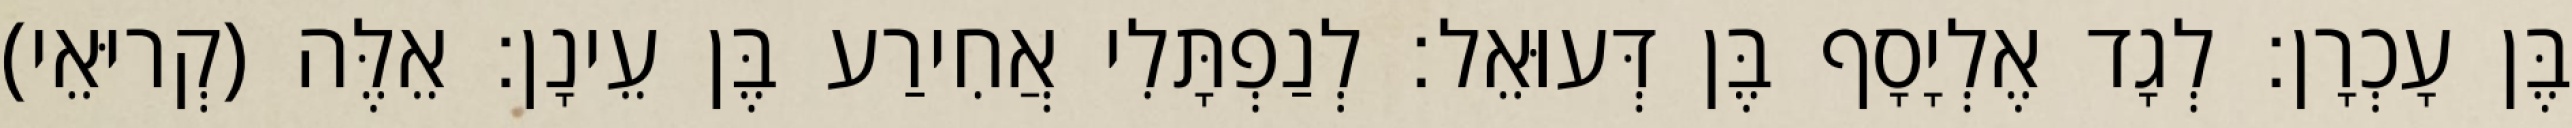
בֶּן עָכְרָן׃ לְגָד אֶלְיָסָף בֶּן דְּעוּאֵל׃ לְנַפְתָּלִי אֲחִירַע בֶּן עֵינָן׃ אֵלֶּה (קְריּאֵי)